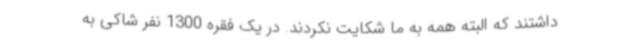
داشتند که البته همه به ما شکایت نکردند. در یک فقره 1300 نفر شاکی به